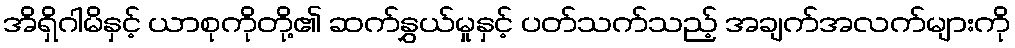
အိရှိဂါမိနှင့် ယာစုကိုတို့၏ ဆက်နွှယ်မှုနှင့် ပတ်သက်သည့် အချက်အလက်များကို